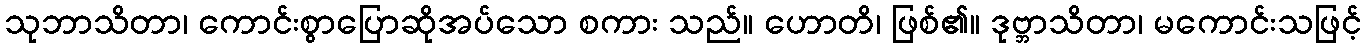
သုဘာသိတာ၊ ကောင်းစွာပြောဆိုအပ်သော စကား သည်။ ဟောတိ၊ ဖြစ်၏။ ဒုဗ္ဘာသိတာ၊ မကောင်းသဖြင့်